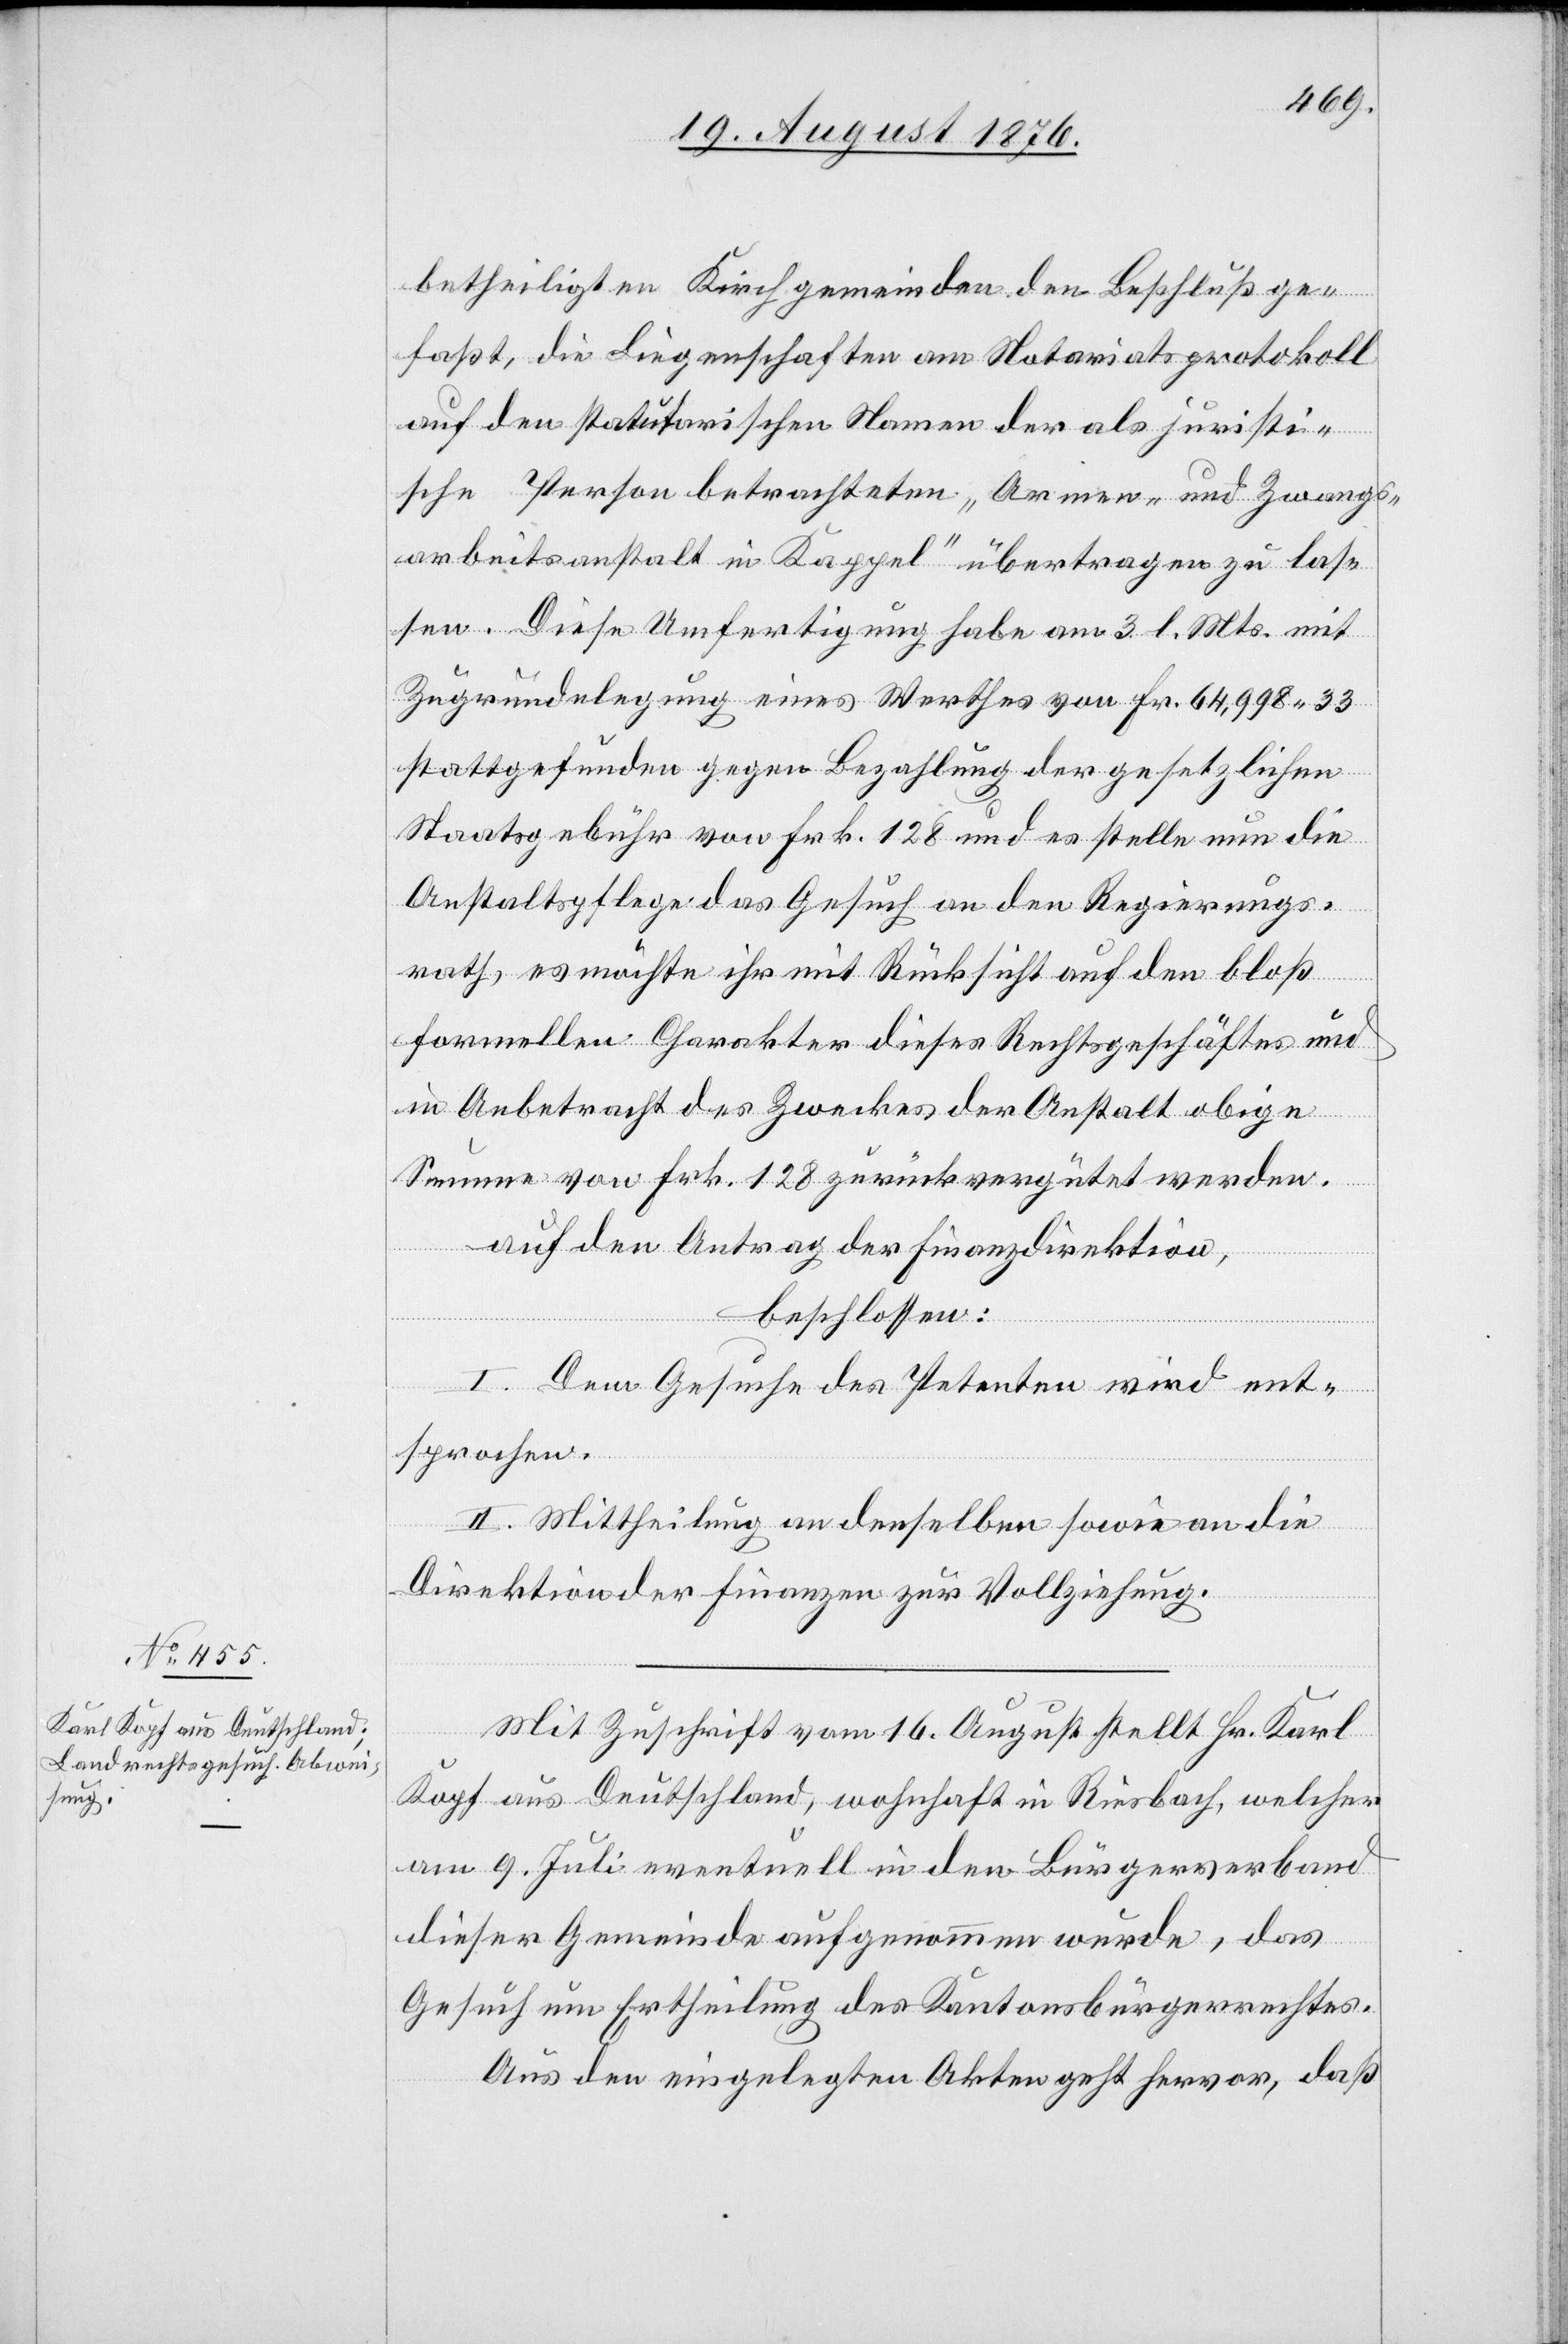
betheiligten Kirchgemeinden den Beschluß ge¬
faßt, die Liegenschaften am Notariatsprotokoll
auf den statuarischen Namen der als juristi¬
sche Person betrachteten „Armen- und Zwangs¬
arbeitsanstalt in Kappel“ übertragen zu las¬
sen. Diese Umfertigung habe am 3. l. Mts. mit
Zugrundelegung eines Werthes von Fr. 64,998 33
stattgefunden gegen Bezahlung der gesetzlichen
Staatsgebühr von Frk. 128 und es stelle nun die
Anstaltspflege das Gesuch an den Regierungs¬
rath, es möchte ihr mit Rücksicht auf den bloß
formellen Charakter dieses Rechtsgeschäftes und
in Anbetracht des Zweckes der Anstalt obige
Summe von Frk. 128 zurückvergütet werden.
auf den Antrag der Finanzdirektion,
beschlossen:
I. Dem Gesuche des Petenten wird ent¬
sprochen.
II. Mittheilung an denselben sowie an die
Direktion der Finanzen zur Vollziehung.
Mit Zuschrift vom 16. August stellt Hr. Karl
Kopf aus Deutschland, wohnhaft in Riesbach, welcher
am 9. Juli eventuell in den Bürgerverband
dieser Gemeinde aufgenommen wurde, das
Gesuch um Ertheilung des Kantonsbürgerrechtes.
Aus den eingelegten Akten geht hervor, daß